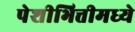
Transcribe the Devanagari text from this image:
पेशीभित्तीमध्ये